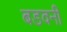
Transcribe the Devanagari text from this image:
बडवनी